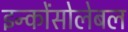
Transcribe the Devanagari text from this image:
इन्कोंसोलेबल